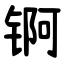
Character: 锕